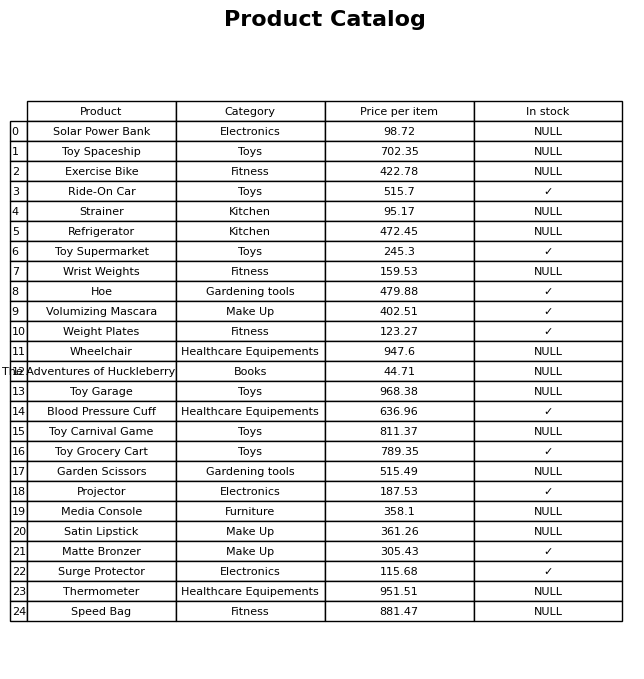
question: What category does the Wrist Weights belong to?
answer: Fitness